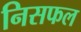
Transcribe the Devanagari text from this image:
निसफल